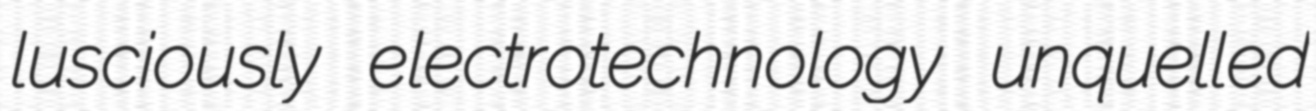
lusciously electrotechnology unquelled